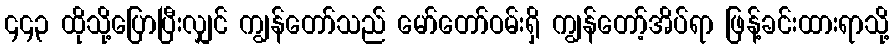
၄၄၃ ထိုသို့ပြောပြီးလျှင် ကျွန်တော်သည် မော်တော်ဝမ်းရှိ ကျွန်တော့်အိပ်ရာ ဖြန့်ခင်းထားရာသို့